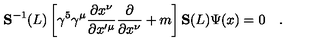
{ \bf S } ^ { - 1 } ( L ) \left[ \gamma ^ { 5 } \gamma ^ { \mu } \frac { \partial x ^ { \nu } } { \partial x ^ { \prime \mu } } \frac { \partial } { \partial x ^ { \nu } } + m \right] { \bf S } ( L ) \Psi ( x ) = 0 \quad .